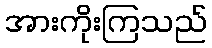
အားကိုးကြသည်